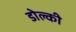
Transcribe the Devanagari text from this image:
डोल्की